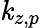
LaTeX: \mathit{k}_{z,p}